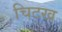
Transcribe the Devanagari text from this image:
चिटख